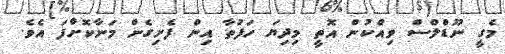
މެގީ ނޫޑްލްސް ވިއްކުން އޮތީ މިދިޔަ ހަފުތާ އިން ފެށިގެން މަނާކޮށްފަ އެވެ.